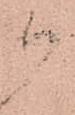
御